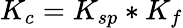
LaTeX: K_{c}=K_{sp}*K_{f}